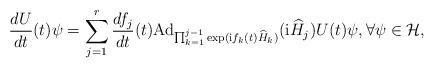
LaTeX: \begin{align*}\frac{dU}{dt}(t)\psi= \sum_{j=1}^r\frac{df_j}{dt}(t){\rm Ad}_{ \prod_{k=1}^{j-1}\exp({\rm i}f_k(t)\widehat H_k) }({\rm i}\widehat H_j)U(t)\psi,\forall \psi\in \mathcal{H},\end{align*}